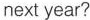
nest year?